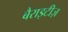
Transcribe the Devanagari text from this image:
बैराइटीज़